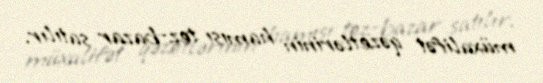
müxalifət qəzetlərinin hamısı tez-bazar satılır.